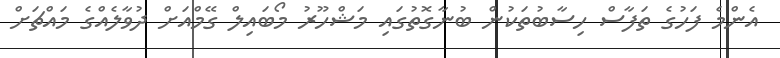
އެންމެ ފަހުގެ ތަފާސް ހިސާބުތަކުން ބުނާގޮތުގައި މަޝްހޫރު މޯބައިލް ގޭމްއަށް ދުވާލެއްގެ މައްޗަށް